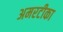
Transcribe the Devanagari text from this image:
अमरटीका